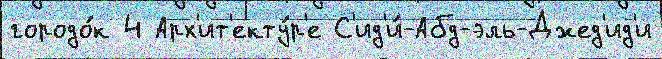
городо́к 4 Арх'ит'екту́р'е С'ид'и́-Абд-эль-Джед'ид'и